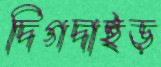
দিগদাইড়